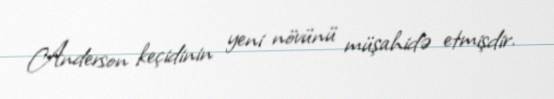
Anderson keçidinin yeni növünü müşahidə etmişdir.